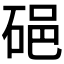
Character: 𥒵